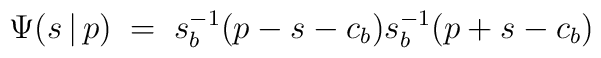
\Psi(s\,|\,p)\;=\;s_b^{-1}(p-s-c_b)s_b^{-1}(p+s-c_b)